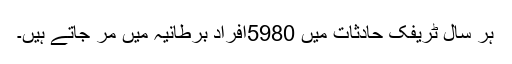
ہر سال ٹریفک حادثات میں 5980افراد برطانیہ میں مر جاتے ہیں۔